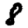
Digit: 8